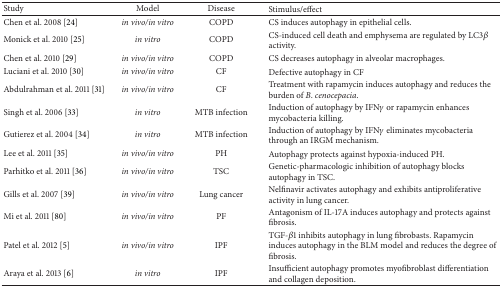
| Study | Model | Disease | Stimulus/effect |
 | --- | --- | --- | --- |
 | Chen et al. 2008 [24] | in vivo/in vitro | COPD | CS induces autophagy in epithelial cells. |
 | Monick et al. 2010 [25] | in vitro | COPD | CS-induced cell death and emphysema are regulated by LC3β activity. |
 | Chen et al. 2010 [29] | in vivo/in vitro | COPD | CS decreases autophagy in alveolar macrophages. |
 | Luciani et al. 2010 [30] | in vivo/in vitro | CF | Defective autophagy in CF |
 | Abdulrahman et al. 2011 [31] | in vivo/in vitro | CF | Treatment with rapamycin induces autophagy and reduces the burden of B. cenocepacia. |
 | Singh et al. 2006 [33] | in vitro | MTB infection | Induction of autophagy by IFNγ or rapamycin enhances mycobacteria killing. |
 | Gutierez et al. 2004 [34] | in vitro | MTB infection | Induction of autophagy by IFNγ eliminates mycobacteria through an IRGM mechanism. |
 | Lee et al. 2011 [35] | in vivo/in vitro | PH | Autophagy protects against hypoxia-induced PH. |
 | Parhitko et al. 2011 [36] | in vivo/in vitro | TSC | Genetic-pharmacologic inhibition of autophagy blocks autophagy in TSC. |
 | Gills et al. 2007 [39] | in vivo/in vitro | Lung cancer | Nelfinavir activates autophagy and exhibits antiproliferative activity in lung cancer. |
 | Mi et al. 2011 [80] | in vivo/in vitro | PF | Antagonism of IL-17A induces autophagy and protects against fibrosis. |
 | Patel et al. 2012 [5] | in vivo/in vitro | IPF | TGF-β1 inhibits autophagy in lung fibrobasts. Rapamycin induces autophagy in the BLM model and reduces the degree of fibrosis. |
 | Araya et al. 2013 [6] | in vitro | IPF | Insufficient autophagy promotes myofibroblast differentiation and collagen deposition. |